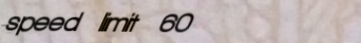
speed limit 60